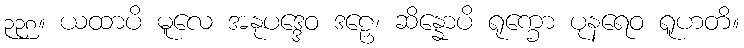
၃၃၈။ ယထာပိ မူလေ အနုပဒ္ဒေဝ ဒဠှေ၊ ဆိန္နောပိ ရုက္ခော ပုနရေဝ ရူဟတိ။